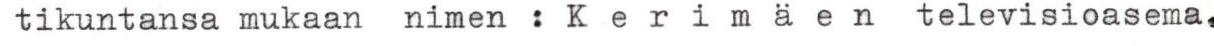
tikuntansa mukaan nimen : K e r i m ä e n televisioasema.